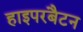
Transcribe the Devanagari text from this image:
हाइपरबैटन